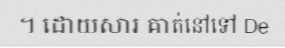
។ ដោយសារ គាត់នៅទៅ De